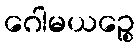
ဂေါမယဉ္စေ